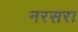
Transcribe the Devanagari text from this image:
नरसरा